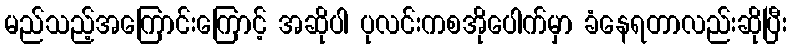
မည်သည့်အကြောင်းကြောင့် အဆိုပါ ပုလင်းကစအိုပေါက်မှာ ခံနေရတာလည်းဆိုပြီး